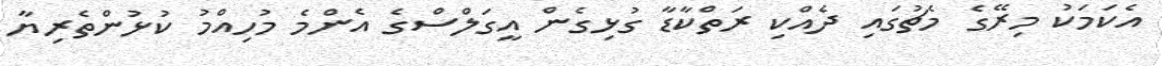
އެކަމަކު މިރޭގެ މެޗުގައި ދެއްކި ރަތްކާޑާ ގުޅިގެން އީގަލްސްގެ އެންމެ މުހިއްމު ކުޅުންތެރިޔާ